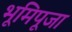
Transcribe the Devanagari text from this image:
भूमिपूजा